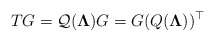
\begin{align*}TG=\mathcal Q(\boldsymbol \Lambda)G=G\mathcal (Q(\boldsymbol \Lambda))^\top\end{align*}